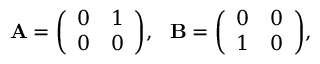
\mathbf { A } = { \left( \begin{array} { l l } { 0 } & { 1 } \\ { 0 } & { 0 } \end{array} \right) } , \ \ \mathbf { B } = { \left( \begin{array} { l l } { 0 } & { 0 } \\ { 1 } & { 0 } \end{array} \right) } ,